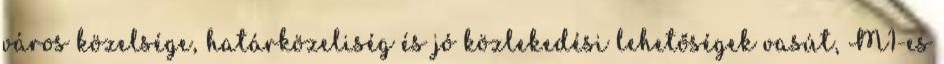
város közelsége, határközeliség és jó közlekedési lehetőségek vasút, M1-es